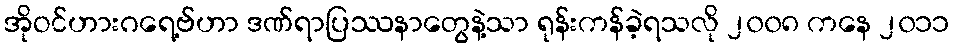
အိုဝင်ဟားဂရေ့ဗ်ဟာ ဒဏ်ရာပြဿနာတွေနဲ့သာ ရုန်းကန်ခဲ့ရသလို ၂၀၀၈ ကနေ ၂၀၁၁